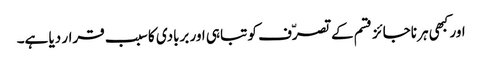
اور کبھی ہر ناجائز قسم کے تصرّف کو تباہی اور بربادی کا سبب قرار دیا ہے۔